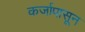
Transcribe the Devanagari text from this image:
कर्जापासून